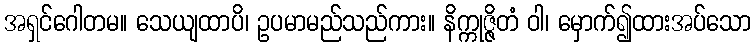
အရှင်ဂေါတမ။ သေယျထာပိ၊ ဥပမာမည်သည်ကား။ နိက္ကုဇ္ဇိတံ ဝါ၊ မှောက်၍ထားအပ်သော